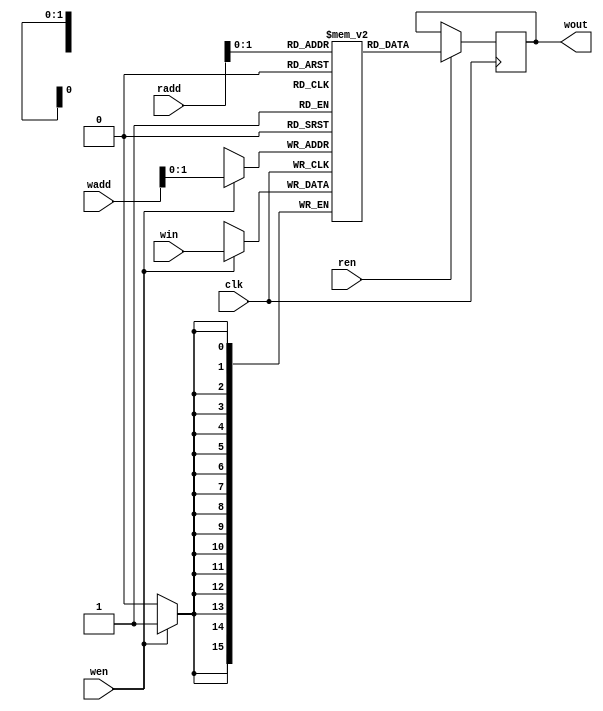
module Weight_Memory #(parameter numWeight = 3, neuronNo=5,layerNo=1,addressWidth=10,dataWidth=16,weightFile="w_1_15.mif")
    (
    input clk,
    input wen, // weight valid
    input ren,
    input [addressWidth-1:0] wadd, //where to store the weight.
    input [addressWidth-1:0] radd,
    input [dataWidth-1:0] win,
    output reg [dataWidth-1:0] wout);

    reg [dataWidth-1:0] mem [numWeight-1:0]; // Width and Size of memory can be configured here

    `ifdef pretrained // This acts as a ROM. Initilizing the memory with the weight.
        initial
		begin
	        $readmemb(weightFile, mem); // This actually reads a mif file, memory instantiation file. Content of the file shall be in binary format.
	    end
	`else           // Otherwise this acts as a RAM
		always @(posedge clk)
		begin
			if (wen)
			begin
				mem[wadd] <= win;
			end
		end
    `endif

    // This is important for block RAM instantiation, if using Combinational circuit, this would be inferred using LUT.
    always @(posedge clk)
    begin
        if (ren)
        begin
            wout <= mem[radd];
        end
    end
endmodule